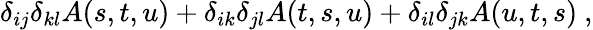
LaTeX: \delta_{ij}\delta_{kl}A(s,t,u)+\delta_{ik}\delta_{jl}A(t,s,u)+\delta_{il}\delta_{jk}A(u,t,s)\ ,